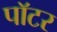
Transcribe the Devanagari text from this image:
पाॅटर